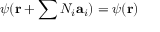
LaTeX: \psi ( \mathbf { r } + \sum N _ { i } \mathbf { a } _ { i } ) = \psi ( \mathbf { r } )